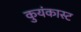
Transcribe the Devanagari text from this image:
कुयंकास्ट